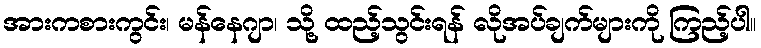
အားကစားကွင်း၊ မန်နေဂျာ၊ သို့ ထည့်သွင်းရန် လိုအပ်ချက်များကို ကြည့်ပါ။